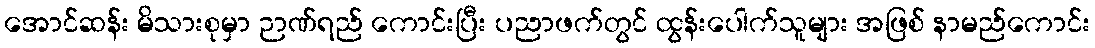
အောင်ဆန်း မိသားစုမှာ ဉာဏ်ရည် ကောင်းပြီး ပညာဖက်တွင် ထွန်းပေါက်သူများ အဖြစ် နာမည်ကောင်း